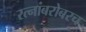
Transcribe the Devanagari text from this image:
रत्‍नांबरोबरच